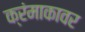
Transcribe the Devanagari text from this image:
क्रंमाकावर